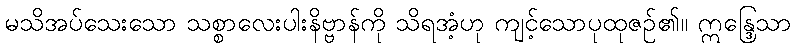
မသိအပ်သေးသော သစ္စာလေးပါးနိဗ္ဗာန်ကို သိရအံ့ဟု ကျင့်သောပုထုဇဉ်၏။ ဣန္ဒြေသာ